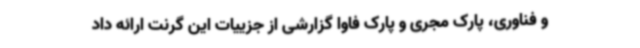
و فناوری، پارک مجری و پارک فاوا گزارشی از جزییات این گرنت ارائه داد